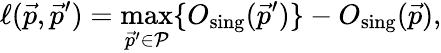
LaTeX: \ell(\vec{p},\vec{p}^{\prime})=\operatorname*{max}_{\vec{p}^{\prime}\in\mathcal{P}}\{ {O_{\mathrm{sing}}(\vec{p}^{\prime})}\} -O_{\mathrm{sing}}(\vec{p}),